Report of the Municipal Commissioner on the plague in Bombay for the year ending 31st May... - Volume 1
Disease focus: Plague
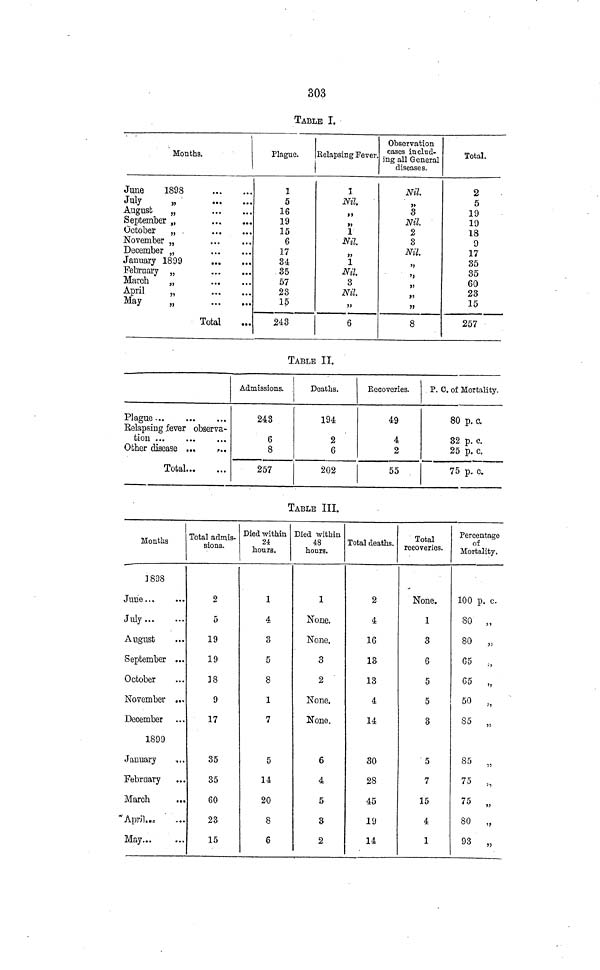
303
TABLE I.
Months.
June
1898
July
„
August
„
September „
October
„
November „
December „
January 1899
February „
March
„
April
„
May
„
Total
Plague.
1
5
16
19
15
6
17
34
35
57
23
15
243
Relapsing Fever.
1
Nil.
,,
,,
1
Nil.
,,
1
Nil.
3
Nil
,,
6
Observation
cases includ-
ing all General
diseases.
Nil
,,
3
Nil.
2
3
Nil.
,,
,,
,,
,,
,,
8
Total.
2
5
19
10
18
9
17
35
35
60
23
15
257
TABLE II.
Plague ...
Belapsing fever observa-
tion
Other disease ...
..
Total
Admissions.
243
6
8
257
Deaths.
194
2
6
202
Recoveries.
49
4
2
55
P. C. of Mortality.
80 p. c.
32 p. c.
25 p. c.
75 p. c.
TABLE III.
Months
1898
June
July
August
»September ...
October
November ...
December
1899
January
February
March
April
May...
Total admis-
sions.
2
5
19
19
18
9
17
35
35
60
23
15
Died within
24
hours.
1
4
3
5
8
1
7
5
14
20
8
6
Died within
48
hours.
1
None.
None.
3
2
None.
None.
6
4
5
3
2
Total deaths.
2
4
16
13
13
4
14
30
28
45
19
14
Total
recoveries.
None.
1
3
6
5
5
3
5
7
15
4
1
Percentage
of
Mortality.
100 p. c.
80 „
80 „
65 „
65 „
50 „
85 „
85 ,,
75 „
75 „
80 „
93 „